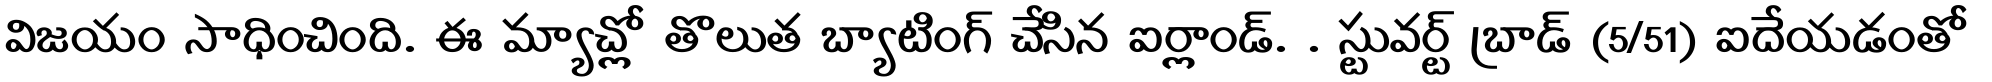
విజయం సాధించింది. ఈ మ్యాచ్లో తొలుత బ్యాటింగ్ చేసిన ఐర్లాండ్. . స్టువర్ట్ బ్రాడ్ (5/51) ఐదేయడంతో